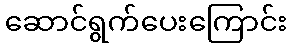
ဆောင်ရွက်ပေးကြောင်း